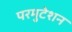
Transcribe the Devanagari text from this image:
परमुटेशन